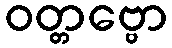
ဝတ္တဗ္ဗော